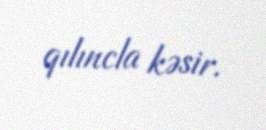
qılıncla kəsir.